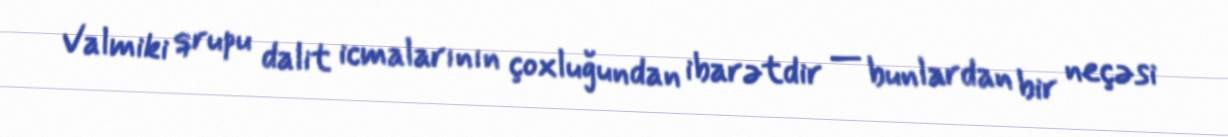
Valmiki qrupu dalit icmalarının çoxluğundan ibarətdir — bunlardan bir neçəsi